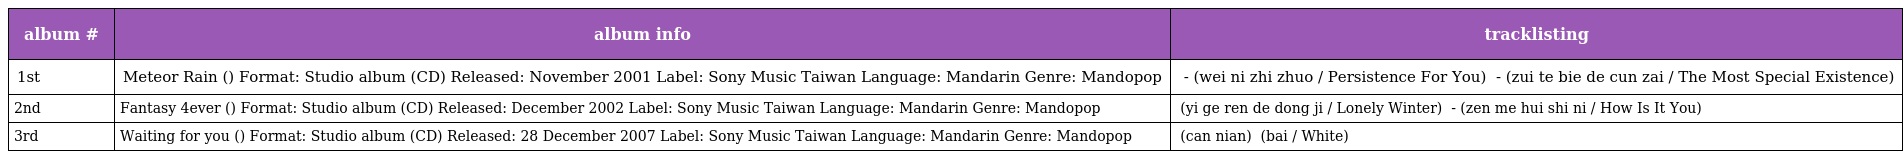
| album # | album info | tracklisting |
 | --- | --- | --- |
 | 1st | Meteor Rain (流星雨) Format: Studio album (CD) Released: November 2001 Label: Sony Music Taiwan Language: Mandarin Genre: Mandopop | 為你執著 - (wei ni zhi zhuo / Persistence For You) 最特別的存在 - (zui te bie de cun zai / The Most Special Existence) |
 | 2nd | Fantasy 4ever (煙火的季節) Format: Studio album (CD) Released: December 2002 Label: Sony Music Taiwan Language: Mandarin Genre: Mandopop | 一個人的冬季 (yi ge ren de dong ji / Lonely Winter) 怎麽會是你 - (zen me hui shi ni / How Is It You) |
 | 3rd | Waiting for you (在這裡等你) Format: Studio album (CD) Released: 28 December 2007 Label: Sony Music Taiwan Language: Mandarin Genre: Mandopop | 殘念 (can nian) 白 (bai / White) |